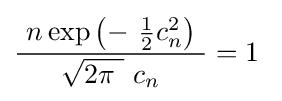
{\frac {\ n\exp \left(-\ {\tfrac {1}{2}}c_{n}^{2}\right)\ }{\ {\sqrt {2\pi \ }}\ c_{n}\ }}=1\